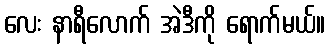
လေး နာရီလောက် အဲဒီကို ရောက်မယ်။